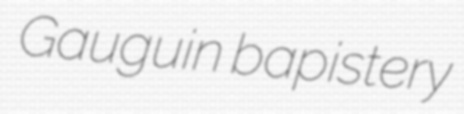
Gauguin bapistery